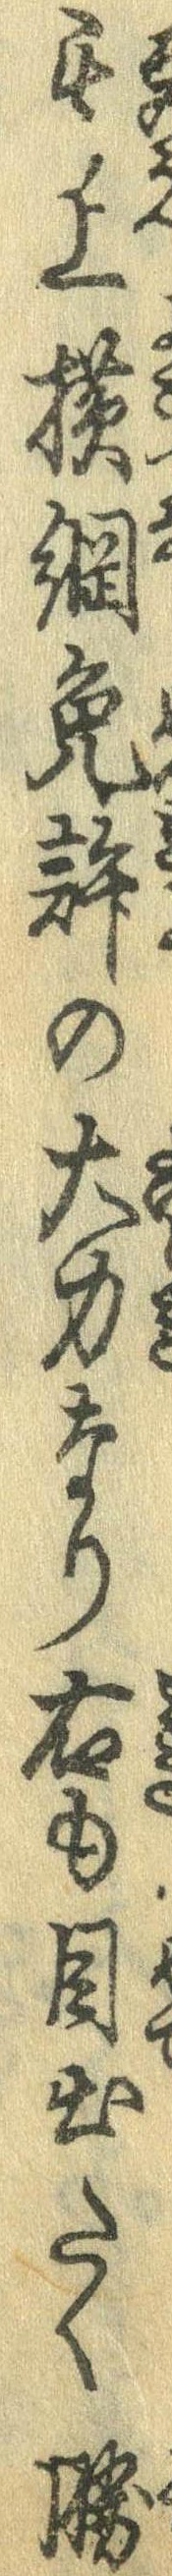
其上横綱免許の大力なり右も目出たく勝